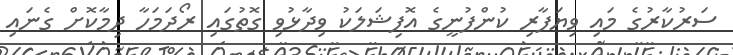
ސަރުކާރުގެ މައި ވިޔަފާރި ކުންފުނީގެ އޮފިޝަލަކު ވިދާޅުވި ގޮތުގައި ރޯދަމަހާ ދިމާކޮށް ގެނައި